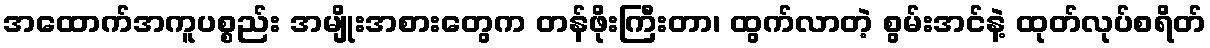
အထောက်အကူပစ္စည်း အမျိုးအစားတွေက တန်ဖိုးကြီးတာ၊ ထွက်လာတဲ့ စွမ်းအင်နဲ့ ထုတ်လုပ်စရိတ်